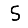
Digit: 5